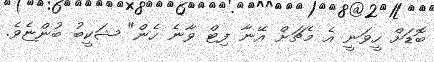
ބޮޑަށް ހީވަނީ އެ މެޗަށް އޭނާ ފިޓް ވާނެ ހެން" ޝަކީބު ބުންޏެވެ.